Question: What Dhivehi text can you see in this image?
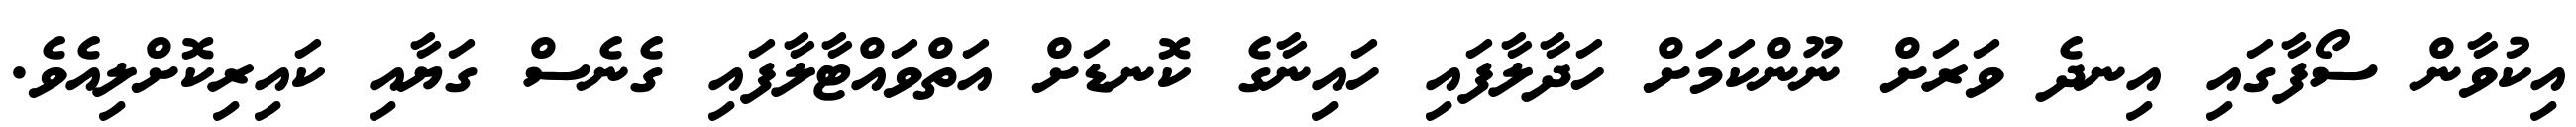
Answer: އިކުވާން ސޯފާގައި އިނދެ ވަރަށް ނޫންކަމަށް ހަދާލާފައި ހައިނާގެ ކޮނޑަށް އަތްވައްޓާލާފައި ގެނެސް ގަޔާއި ކައިރިކޮށްލިއެވެ.